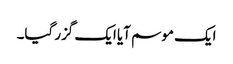
ایک موسم آیا ایک گزر گیا۔